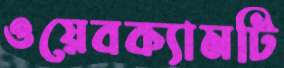
ওয়েবক্যামটি